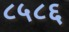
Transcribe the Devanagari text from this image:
८५८६